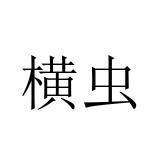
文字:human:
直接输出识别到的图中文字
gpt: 横虫